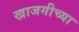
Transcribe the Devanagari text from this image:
खाजगीच्या